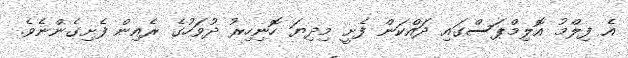
އެ ފިލްމު އޮލިމްޕަސްގައި ދައްކަން ފެށީ މިދިޔަ ހޮނިހިރު ދުވަހުގެ ރެއިން ފެށިގެންނެވެ.